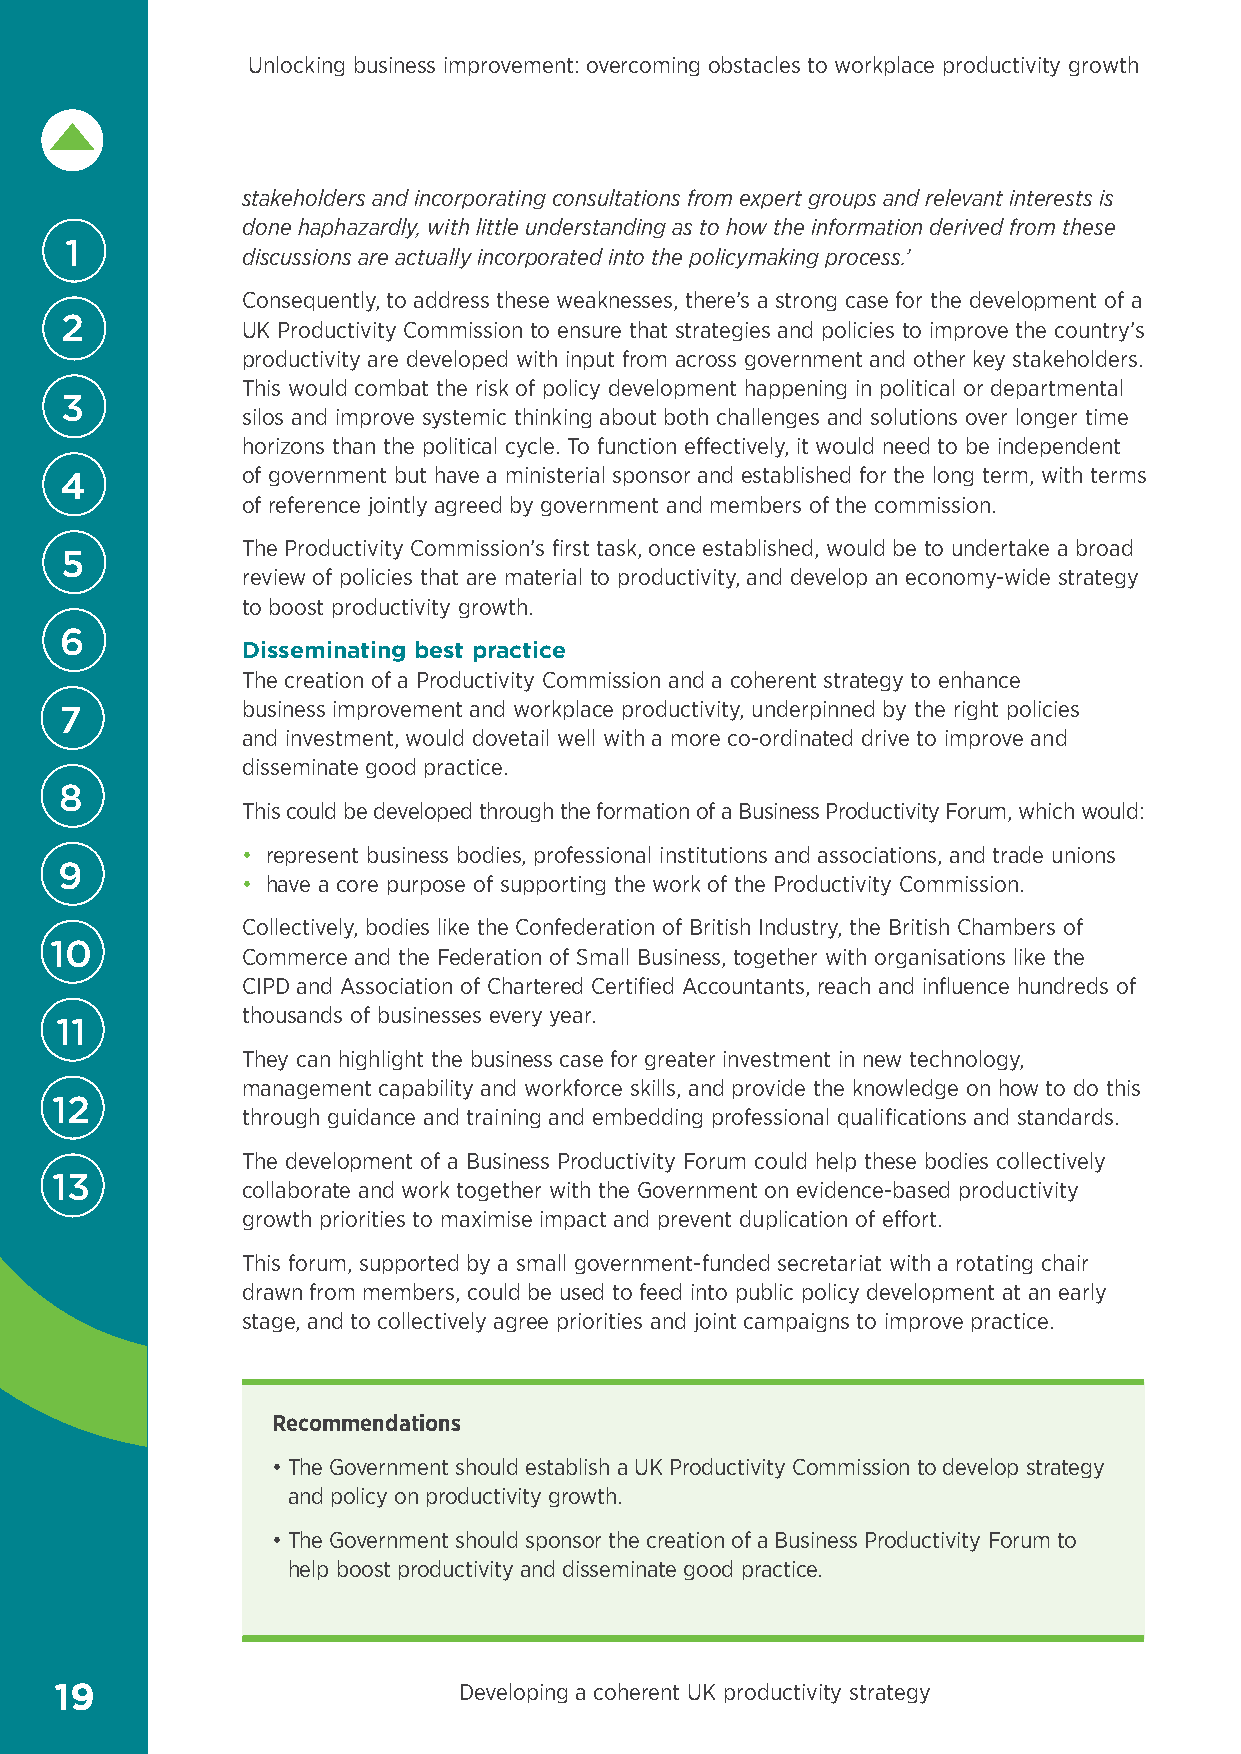
Unlocking business improvement: overcoming obstacles to workplace productivity growth
 stakeholders and incorporating consultations from expert groups and relevant interests is
 done haphazardly, with little understanding as to how the information derived from these
 1
 discussions are actually incorporated into the policymaking process.’
 Consequently, to address these weaknesses, there’s a strong case for the development of a
 2           UK Productivity Commission to ensure that strategies and policies to improve the country’s
 productivity are developed with input from across government and other key stakeholders.
 This would combat the risk of policy development happening in political or departmental
 3
 silos and improve systemic thinking about both challenges and solutions over longer time
 horizons than the political cycle. To function effectively, it would need to be independent
 of government but have a ministerial sponsor and established for the long term, with terms
 4
 of reference jointly agreed by government and members of the commission.
 The Productivity Commission’s first task, once established, would be to undertake a broad
 5
 review of policies that are material to productivity, and develop an economy-wide strategy
 to boost productivity growth.
 6
 Disseminating best practice
 The creation of a Productivity Commission and a coherent strategy to enhance
 business improvement and workplace productivity, underpinned by the right policies
 7
 and investment, would dovetail well with a more co-ordinated drive to improve and
 disseminate good practice.
 8
 This could be developed through the formation of a Business Productivity Forum, which would:
 • represent business bodies, professional institutions and associations, and trade unions
 9
 • have a core purpose of supporting the work of the Productivity Commission.
 Collectively, bodies like the Confederation of British Industry, the British Chambers of
 10
 Commerce and the Federation of Small Business, together with organisations like the
 CIPD and Association of Chartered Certified Accountants, reach and influence hundreds of
 thousands of businesses every year.
 11
 They can highlight the business case for greater investment in new technology,
 management capability and workforce skills, and provide the knowledge on how to do this
 12
 through guidance and training and embedding professional qualifications and standards.
 The development of a Business Productivity Forum could help these bodies collectively
 13
 collaborate and work together with the Government on evidence-based productivity
 growth priorities to maximise impact and prevent duplication of effort.
 This forum, supported by a small government-funded secretariat with a rotating chair
 drawn from members, could be used to feed into public policy development at an early
 stage, and to collectively agree priorities and joint campaigns to improve practice.
 Recommendations
 • T he Government should establish a UK Productivity Commission to develop strategy
 and policy on productivity growth.
 • T he Government should sponsor the creation of a Business Productivity Forum to
 help boost productivity and disseminate good practice.
 19                        Developing a coherent UK productivity strategy